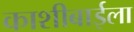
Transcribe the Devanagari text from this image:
काशीबाईला